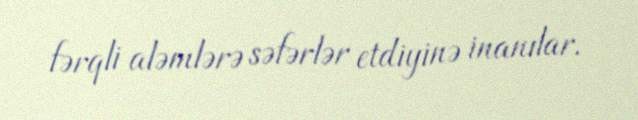
fərqli aləmlərə səfərlər etdiyinə inanılar.